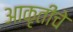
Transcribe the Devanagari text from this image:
आकृतीचे